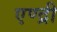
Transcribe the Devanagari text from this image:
एण्द्री